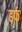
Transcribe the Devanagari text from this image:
हर्फ